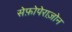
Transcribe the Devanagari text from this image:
सेफ़ोपेराज़ोन